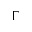
\Gamma